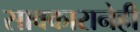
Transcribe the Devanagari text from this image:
सावकारानेही